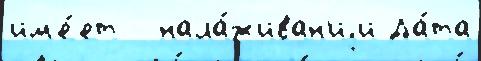
им'е́ет - нала́живан'иjи Да́та